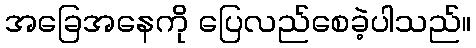
အခြေအနေကို ပြေလည်စေခဲ့ပါသည်။